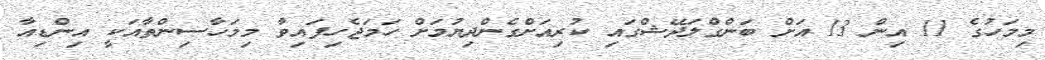
މިމަހުގެ 11 އިން 13 އަށް ބަންގްލަދޭޝްގައި ކުރިއަށްގެންދިޔުމަށް ހަމަޖެހިފައިވާ މިމަހާސިންތާއަކީ އިންޑިއާ